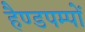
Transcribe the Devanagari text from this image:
हैण्डपम्पों